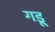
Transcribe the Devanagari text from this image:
गडू